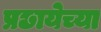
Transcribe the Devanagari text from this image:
प्रछायेच्या